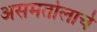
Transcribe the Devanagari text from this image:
असमतोलाचे